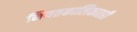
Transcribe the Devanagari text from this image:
नियतकालिकातही